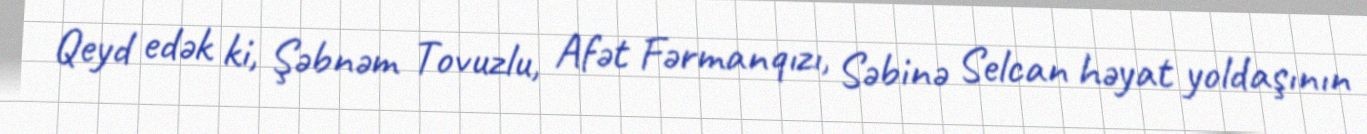
Qeyd edək ki, Şəbnəm Tovuzlu, Afət Fərmanqızı, Səbinə Selcan həyat yoldaşının